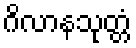
ဂိလာနသုတ္တံ